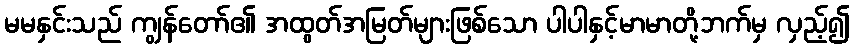
မမနှင်းသည် ကျွန်တော်၏ အထွတ်အမြတ်များဖြစ်သော ပါပါနှင့်မာမာတို့ဘက်မှ လှည့်၍